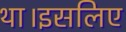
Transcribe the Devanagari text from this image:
था।इसलिए